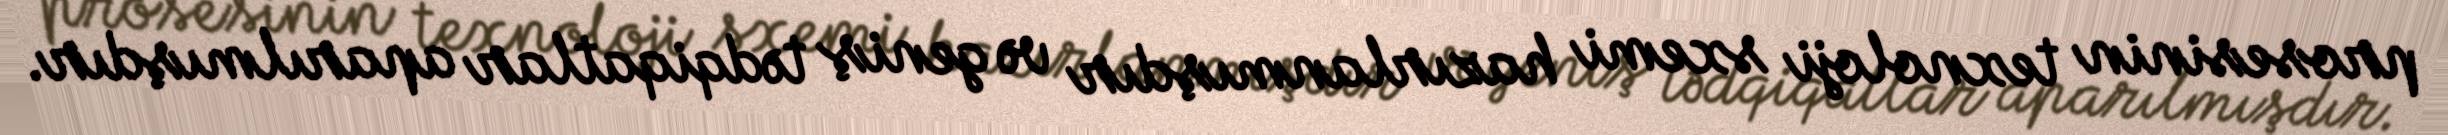
prosesinin texnoloji sxemi hazırlanmışdır və geniş tədqiqatlar aparılmışdır.